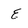
Character: E